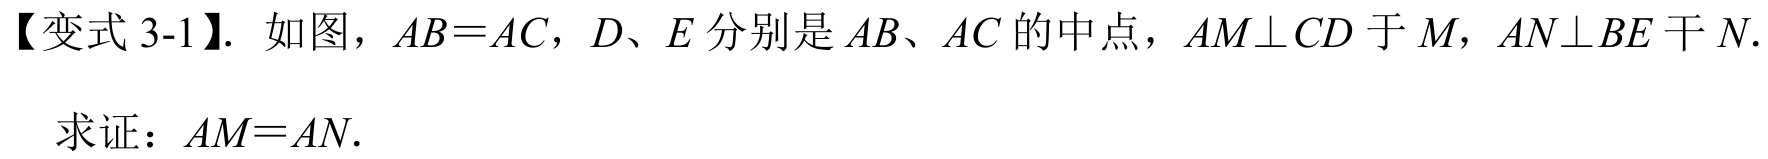
【变式3-1】. 如图，\(AB = AC\)，\(D、E\)分别是\(AB、AC\)的中点，\(AM\perp CD\)于\(M\)，\(AN\perp BE\)于\(N\).
求证：\(AM = AN\).